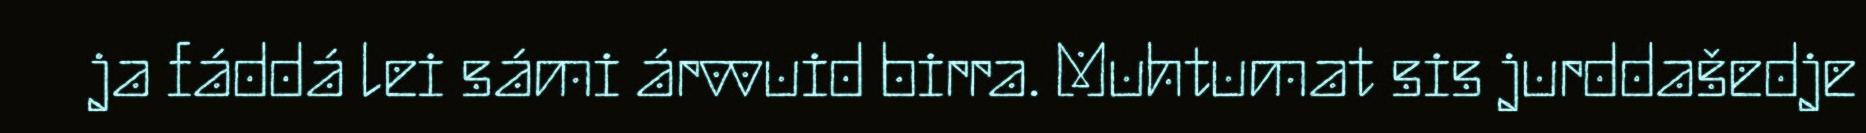
ja fáddá lei sámi árvvuid birra. Muhtumat sis jurddašedje